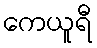
ကေယူရီ